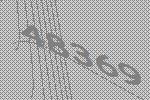
48369